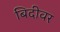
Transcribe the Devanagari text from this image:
बिदीवर